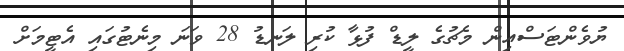
ޔުވެންޓަސްއިން މެޗުގެ ލީޑް ފުޅާ ކުރި ލަނޑު 28 ވަނަ މިނެޓުގައި އެޓީމަށް